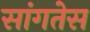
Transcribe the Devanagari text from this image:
सांगतेस